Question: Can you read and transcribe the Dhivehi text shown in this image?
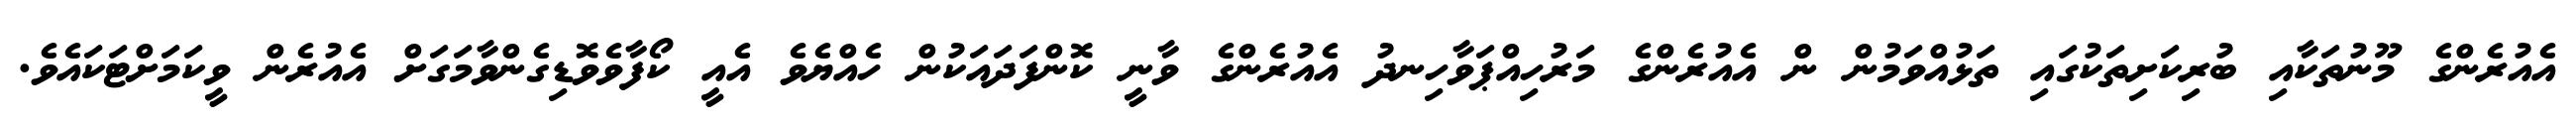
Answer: އެއުރެންގެ މޫނުތަކާއި ބުރިކަށިތަކުގައި ތަޅުއްވަމުން ން އެއުރެންގެ މަރުހިއްޕަވާހިނދު އެއުރެންގެ ވާނީ ކޮންފަދައަކުން ހެއްޔެވެ އެއީ ކޯފާވެވޮޑިގެންވާމަގަށް އެއުރެން ވީކަމަށްޓަކައެވެ.